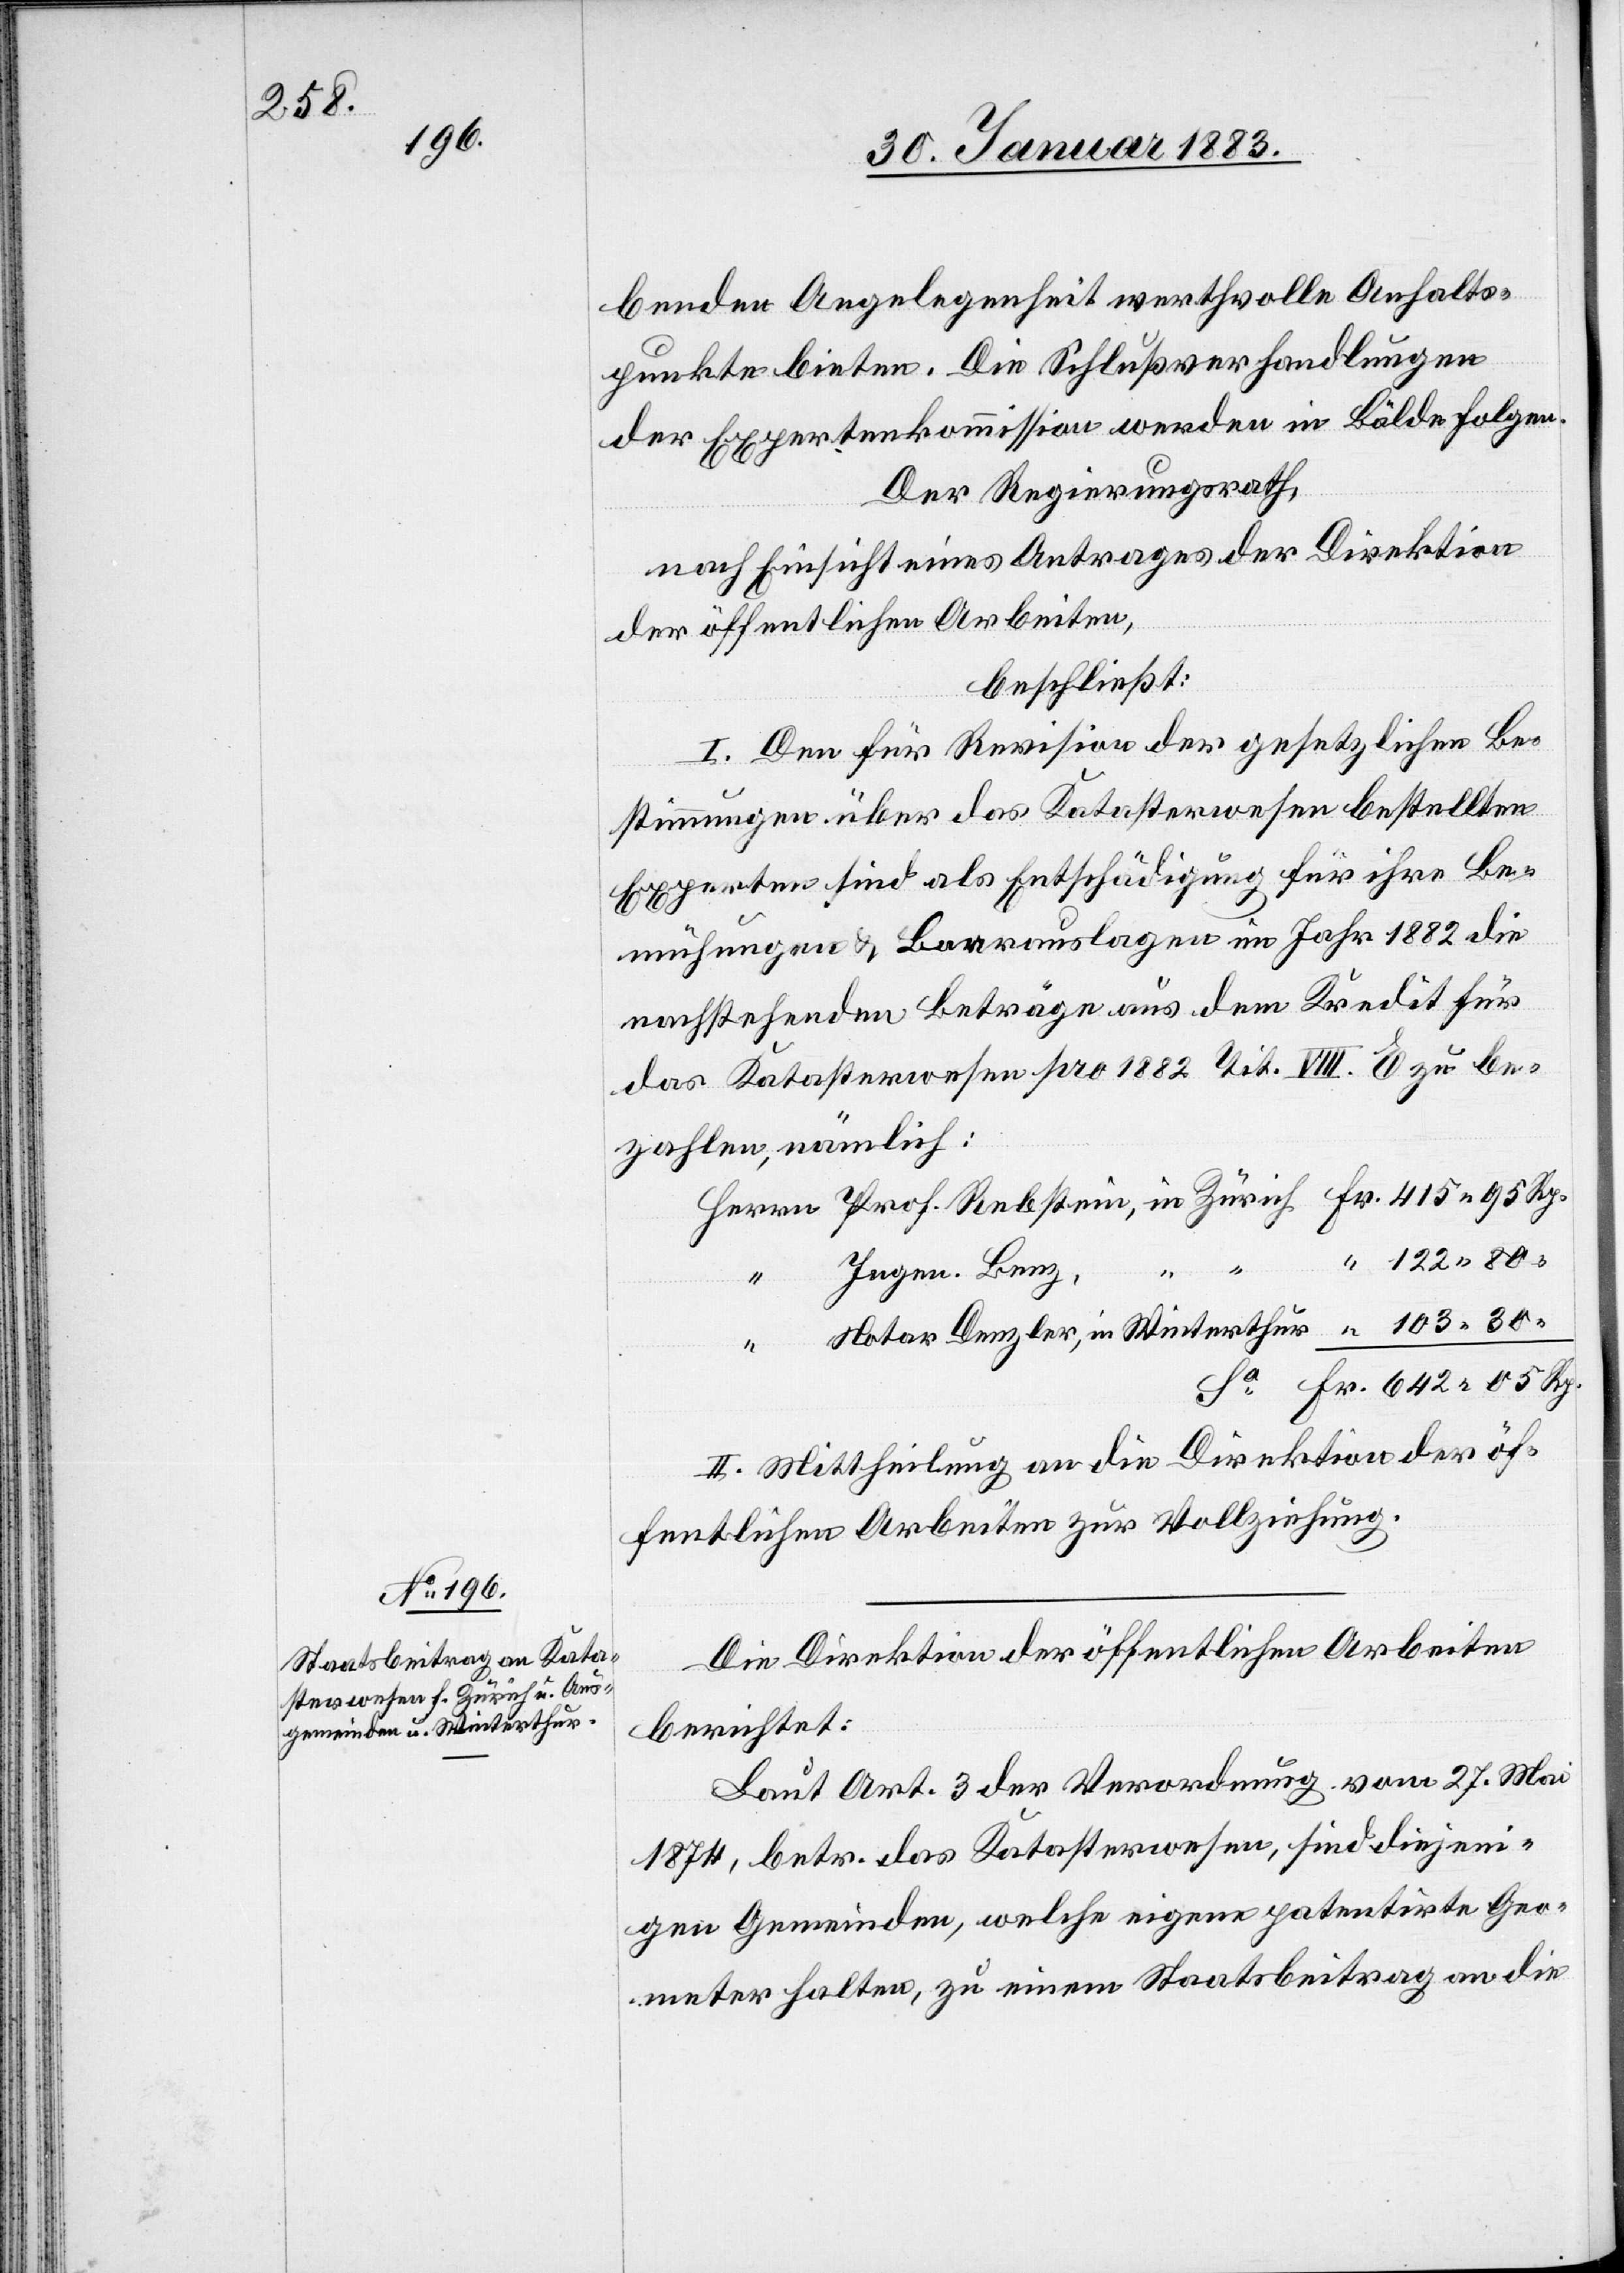
benden Angelegenheit werthvolle Anhalts¬
punkte bieten. Die Schlußverhandlungen
der Expertenkommission werden in Bälde folgen.
Der Regierungsrath,
nach Einsicht eines Antrages der Direktion
der öffentlichen Arbeiten,
beschließt:
I. Den für Revision der gesetzlichen Be¬
stimmungen über das Katasterwesen bestellten
Experten sind als Entschädigung für ihre Be¬
mühungen & Baarauslagen im Jahr 1882 die
nachstehenden Beträge aus dem Kredit für
das Katasterwesen pro 1882 Tit. VIII. E zu be¬
zahlen, nämlich:
II. Mittheilung an die Direktion der öf¬
fentlichen Arbeiten zur Vollziehung.
Die Direktion der öffentlichen Arbeiten
berichtet:
Laut Art. 3 der Verordnung vom 27. Mai
1874, betr. das Katasterwesen, sind diejeni¬
gen Gemeinden, welche eigene patentirte Geo¬
meter halten, zu einem Staatsbeitrag an die